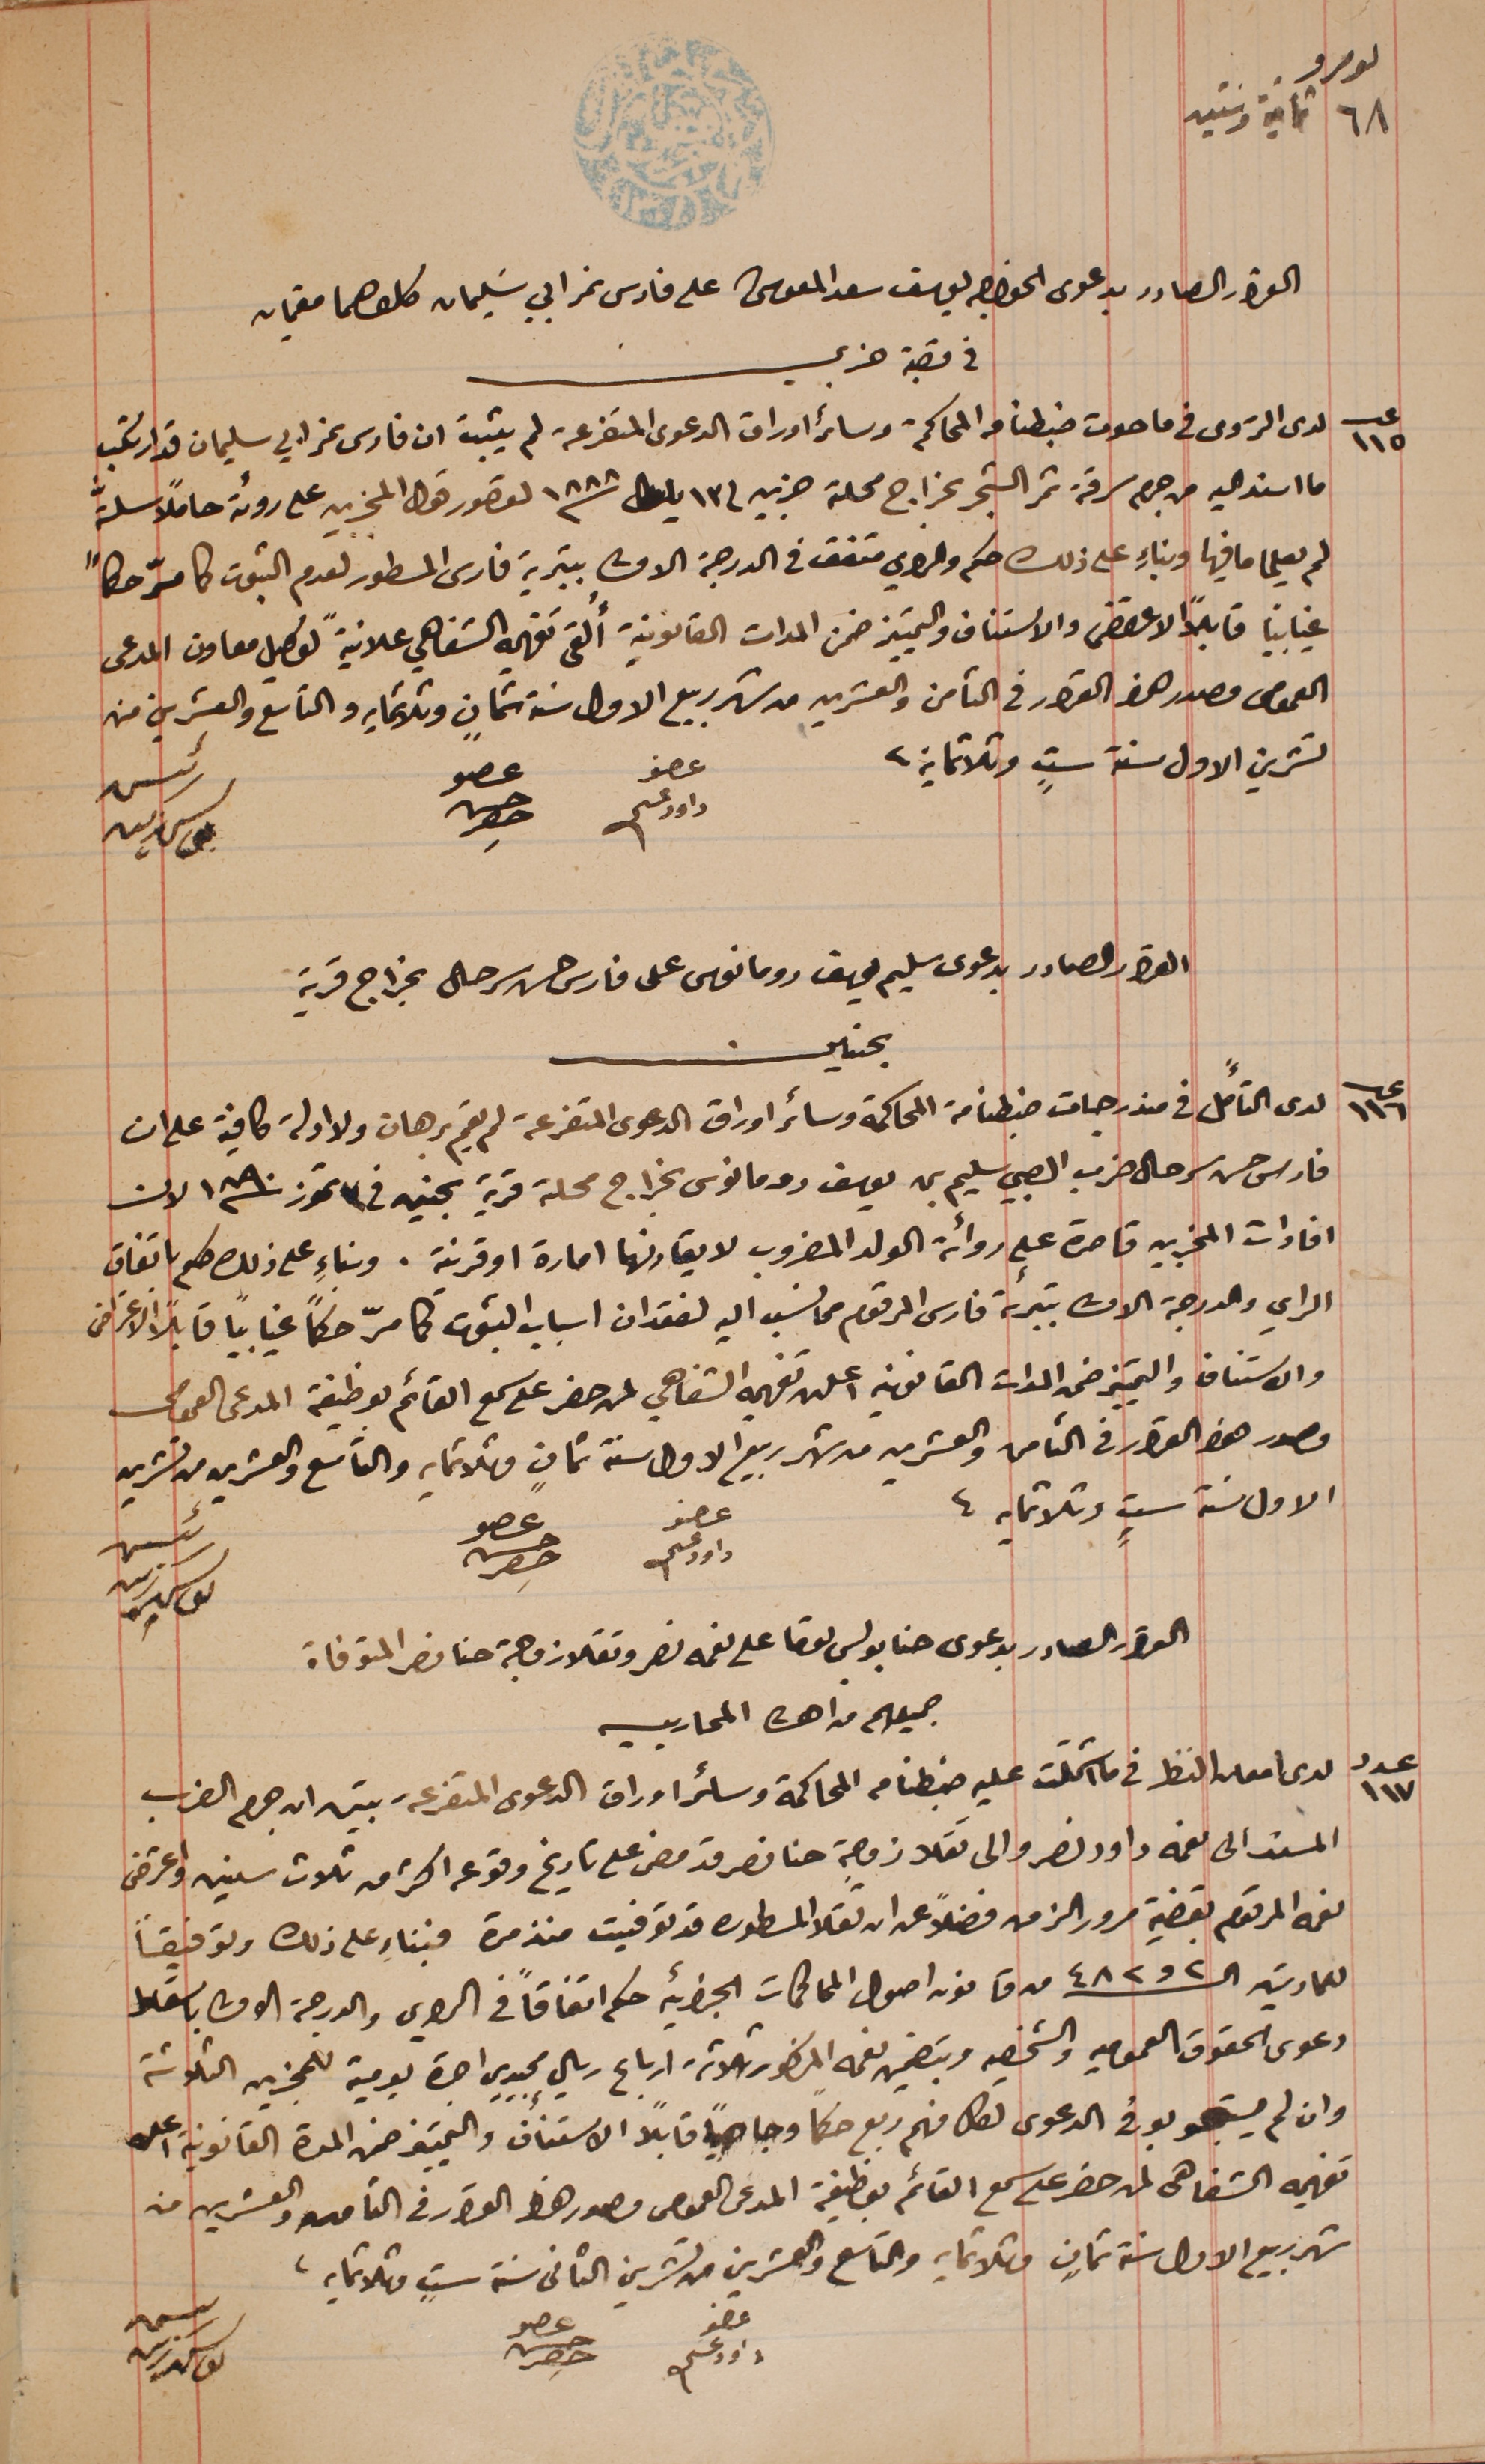
نمرو ٦٨ ثمانية وستين
القرار الصادر بدعوى الخواجه يوسف سعد المعوشى على فارس نمر ابي سَليمان كلاهما مقيمان
في قصبة جزين
عدد ١١٥ لدى الرَوى فى ما حدث ضبطنا من المحاكمة وسائر اوراق الدعوى المتفرعة لم يثبت ان فارس نمر ابي سليمان قد ارتكب
ما اسند اليه من جرم سرقة ثمر الشجر بخراج محلة جزين فى ١٣ ايلول سنة ١٨٨٨ لقصور قول المجزين على رؤىة حاملاً سلَّة
لم يعلما ما فيها وبناءِ على ذلك حكم والراي متفق فى الدرجة الاولى بتبرية فارس المسطور لعدم الثبوت كما مرّ حكماً
غيابياً قابلاً الاعتراض والاستناف والتمييز ضمن المدات القانونية أُلقى تفهمه الشفاهي علانيةً توكيل معاون المدعى
العمومى مصدر هذا القرار فى الثامن والعشرين من شهر ربيع الاول سنة ثمانٍ وثلاثمايه والتاسع والعشرين من
تشرين الاول سنة ستٍ وثلاثماية.
عضو داود عسى
القرار الصادر بدعوى سليم يوسف رومانوس على فارس حسن سرحال بخراج قرية
بحنين
عدد ١١٦ لدى التأَمل فى مندرجات ضبطنا من المحاكمة وسائر اوراق الدعوى المتفرعة لم يقم برهان ولا ادلة كافية على ان
فارس حسن سرحال ضرب الصبي سليم بن يوسف رومانوس بخراج محلة قرية بحنين فى ٣ تموز سنة ١٨٩٠ لان
افادات المخبرين قاصرة على روائة الولد المضروب لا يقارنها امارة او قرينة. وبناء على ذلك كله باتفاق
الراي والدرجة الاولى بتبرئة فارس المرقوم مما نسب اليه لفقدان اسباب الثبوت كما مرّ حكماً غيابياً قابلاً الاعتراض
والاستناف والتمييز ضمن المدات القانونية اعلن تفهيمه الشفاهي لمن حضر على سمع القائم بوظيفة المدعى العمومى
مصدر هذا القرار في الثامن والعشرين من شهر ربيع الاول سنة ثمانٍ وثلاثمايه والتاسع والعشرين من تشرين
الاول سنة ستٍ وثلاثمايه.
عضو داود عسى
القرار الصادر بدعوى حنا بولس لوقا على نعمه نصر وتقلا زوجة حنا نصر المتوفاة
جميعهم من اهالى المحاربيه
عدد ١١٧ لدى امعان النظر فى ما اشتملت عليه ضبطنا من المحاكمة وسائر اوراق الدعوى المتفرعة تبين ان جرم الضرب
المسند الى نعمه داود نصر والى تقلا زوجة حنا نصر قد مضى على تاريخ وقوعه اكثر من ثلاث سنين واعترض
نعمه المرقوم بقضية مرور الزمن فضلاً عن ان تقلا المسطوره قد توفيت منذ مدة فبناء على ذلك وتوفيقاً
للمادتين الـ ٢ و٤٨٢ من قانون اصول المحاكمات الجزائيه حكم اتفاقاً فى الراي والدرجة الاولى باسقاط
دعوى الحقوق العموميه والشخصيه وبتضمين نعمه المذكور ثلاثة ارباع ريال مجيدي اجرة يومية للمجزين الثلاثة
وان لم يستجوبو في الدعوى لكل منهم ربع حكماً وجاهياً قابلاً الاستناف والتمييز ضمن المدة القانونية اعلن
تفهيمه الشفاهى لمن حضر على سمع القائم بوظيفة المدعى العمومى مصدر هذا القرار فى الثامن والعشرين من
شهر ربيع الاول ستة ثمانٍ وثلاثمايه والتاسع والعشرين من تشرين الثانى سنة ستٍ وثلاثمايه.
عضو داود عسى
رئيس يوسف زينه
عضو حسن حصِر
رئيس يوسف زينه
عضو حسن حصِر
رئيس يوسف زينه
عضو حسن حصِر